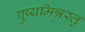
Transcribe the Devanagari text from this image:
पुष्यमिन्नस्तु